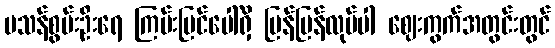
မသန်စွမ်းဦးရေ ကြမ်းပြင်ပေါ်ရှိ မြန်မြန်လုပ်ပါ ဈေးကွက်အတွင်းတွင်